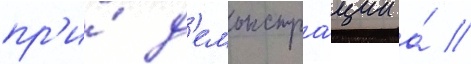
пр'и́ д'емонстра́ции а́ //